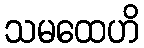
သမထေဟိ